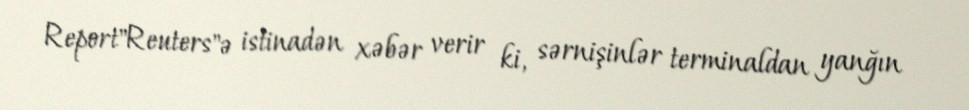
Report"Reuters"ə istinadən xəbər verir ki, sərnişinlər terminaldan yanğın